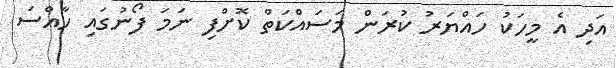
އަދި އެ މީހަކު ހައްޔަރު ކުރަން މަސައްކަތް ކޮށްފި ނަމަ ފޯނުގައި ހާއްސަ